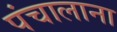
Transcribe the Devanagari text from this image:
पंचालाना